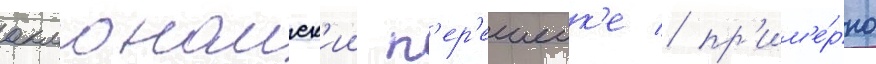
акмонаиск'ии п'ер'ешеик'е / пр'им'е́рно